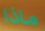
ماذا